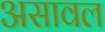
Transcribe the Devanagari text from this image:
असावल